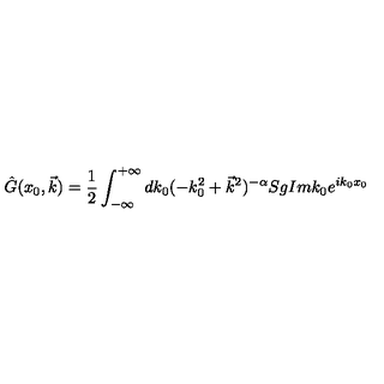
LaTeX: \hat { G } ( x _ { 0 } , \vec { k } ) = \frac { 1 } { 2 } \int _ { - \infty } ^ { + \infty } d k _ { 0 } ( - k _ { 0 } ^ { 2 } + \vec { k } ^ { 2 } ) ^ { - \alpha } S g I m k _ { 0 } e ^ { i k _ { 0 } x _ { 0 } }